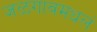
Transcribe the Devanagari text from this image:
जळगावमधलं